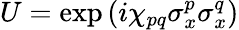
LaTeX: U=\exp\left(i\chi_{pq}\sigma_{x}^{p}\sigma_{x}^{q}\right)